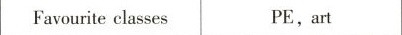
Favourite classes PE, art